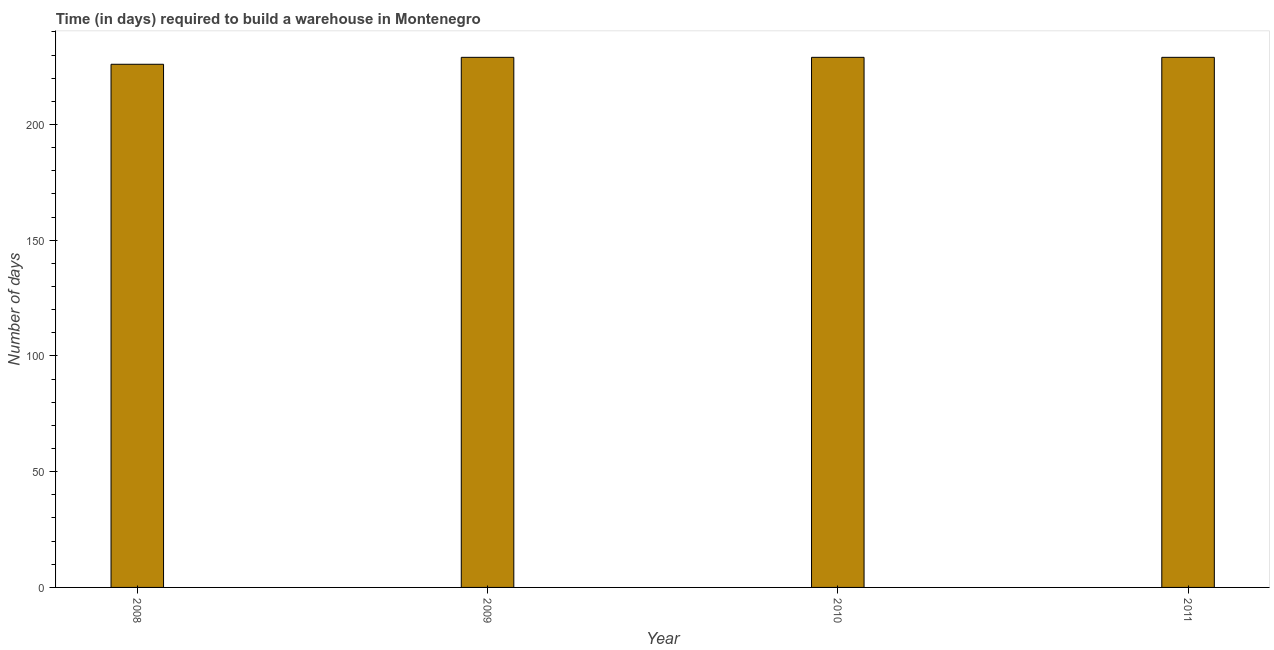
| Year | Time required to build a warehouse |
 | --- | --- |
 | 2008 | 226 |
 | 2009 | 229 |
 | 2010 | 229 |
 | 2011 | 229 |